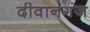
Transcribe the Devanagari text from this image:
दीवानगंज